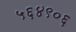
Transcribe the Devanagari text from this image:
५६४९०६